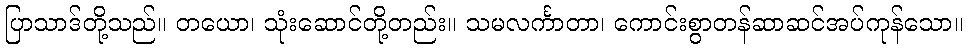
ပြာသာဒ်တို့သည်။ တယော၊ သုံးဆောင်တို့တည်း။ သမလင်္ကာတာ၊ ကောင်းစွာတန်ဆာဆင်အပ်ကုန်သော။